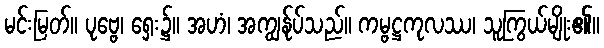
မင်းမြတ်။ ပုဗ္ဗေ၊ ရှေး၌။ အဟံ၊ အကျွန်ုပ်သည်။ ကမ္ဗဋ္ဌကုလဿ၊ သူကြွယ်မျိုး၏။